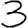
Digit: 3